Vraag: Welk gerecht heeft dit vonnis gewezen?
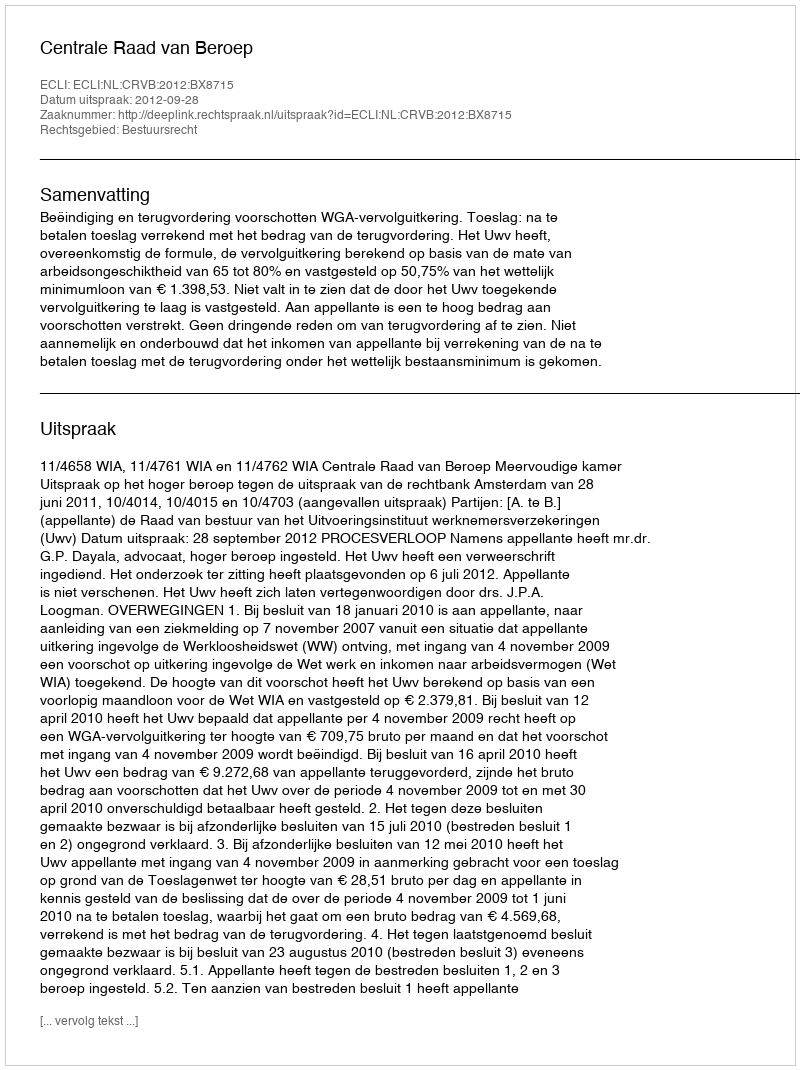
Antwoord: Centrale Raad van Beroep